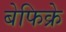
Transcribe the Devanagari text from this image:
बेफिक्रे